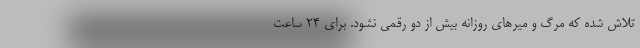
تلاش شده که مرگ و میرهای روزانه بیش از دو رقمی نشود. برای ۲۴ ساعت